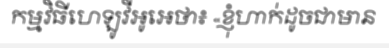
កម្មវិធីហេឡូវីអូអេថា៖ «ខ្ញុំហាក់ដូចជាមាន